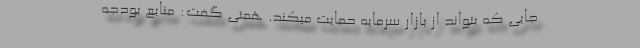
جایی که بتواند از بازار سرمایه حمایت میکند. همتی گفت: منابع بودجه